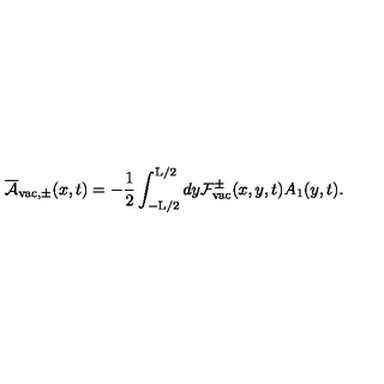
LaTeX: \overline { { \cal A } } _ { \mathrm { v a c } , \pm } ( x , t ) = - \frac { 1 } { 2 } \int _ { - \mathrm { L } / 2 } ^ { \mathrm { L } / 2 } d y { \cal F } _ { \mathrm { v a c } } ^ { \pm } ( x , y , t ) A _ { 1 } ( y , t ) .